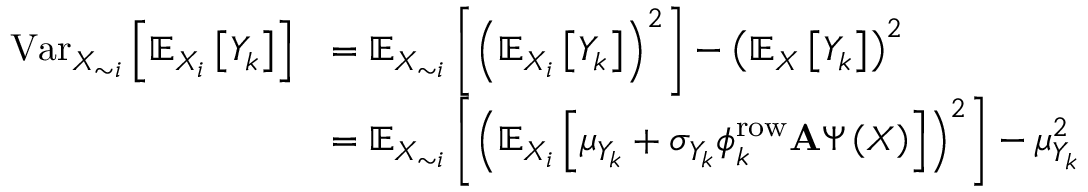
\begin{array} { r l } { \operatorname { V a r } _ { X _ { \sim i } } \left[ \mathbb { E } _ { X _ { i } } \left[ Y _ { k } \right] \right] } & { = \mathbb { E } _ { X _ { \sim i } } \left[ \left( \mathbb { E } _ { X _ { i } } \left[ Y _ { k } \right] \right) ^ { 2 } \right] - \left( \mathbb { E } _ { X } \left[ Y _ { k } \right] \right) ^ { 2 } } \\ & { = \mathbb { E } _ { X _ { \sim i } } \left[ \left( \mathbb { E } _ { X _ { i } } \left[ \mu _ { Y _ { k } } + \sigma _ { Y _ { k } } \boldsymbol { \phi } _ { k } ^ { \mathrm { r o w } } \mathbf { A } \boldsymbol { \Psi } \left( \boldsymbol { X } \right) \right] \right) ^ { 2 } \right] - \mu _ { Y _ { k } } ^ { 2 } } \end{array}